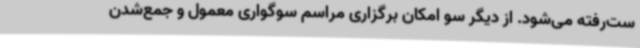
ست‌رفته می‌شود. از دیگر سو امکان برگزاری مراسم سوگواری معمول و جمع‌شدن